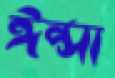
ঈপ্সা